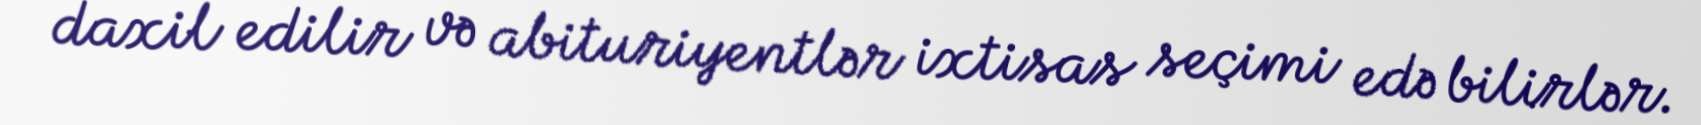
daxil edilir və abituriyentlər ixtisas seçimi edə bilirlər.